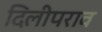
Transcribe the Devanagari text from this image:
दिलीपराव